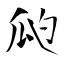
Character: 瓝